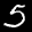
Label: 5